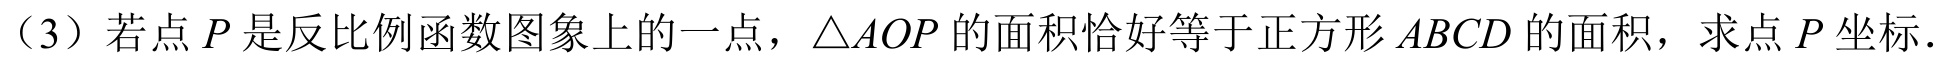
（3）若点\(P\)是反比例函数图象上的一点，\(\triangle AOP\)的面积恰好等于正方形\(ABCD\)的面积，求点\(P\)坐标.